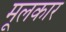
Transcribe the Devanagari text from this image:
मूलकार